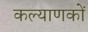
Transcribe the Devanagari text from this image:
कल्याणकों